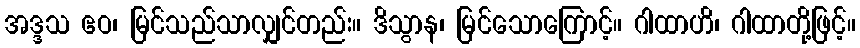
အဒ္ဒသ ဧဝ၊ မြင်သည်သာလျှင်တည်း။ ဒိသွာန၊ မြင်သောကြောင့်။ ဂါထာဟိ၊ ဂါထာတို့ဖြင့်။